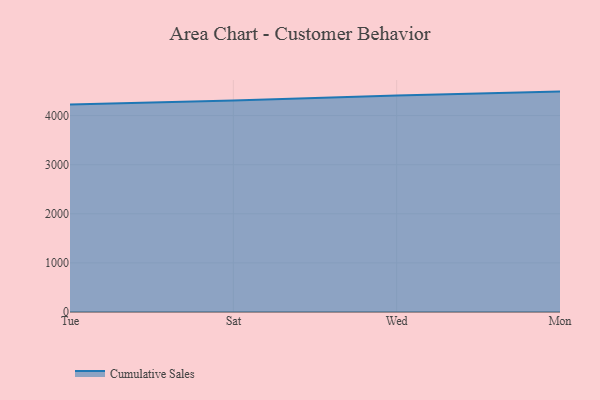
{"axis": {"x": "Day", "y": "Market Share (%)"}, "legend": ["Cumulative Sales"], "data": [{"x": "Tue", "y": 4228.4, "type": "Cumulative Sales"}, {"x": "Sat", "y": 4307.2, "type": "Cumulative Sales"}, {"x": "Wed", "y": 4408.6, "type": "Cumulative Sales"}, {"x": "Mon", "y": 4488.6, "type": "Cumulative Sales"}]}